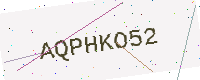
Text: AQPHKO52